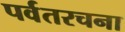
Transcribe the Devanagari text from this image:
पर्वतरचना